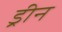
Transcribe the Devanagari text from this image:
ड्रीन